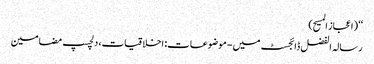
‘‘ (اعجاز المسیح)
رسالہ الفضل ڈائجسٹ میں - موضوعات: اخلاقیات، دلچسپ مضامین